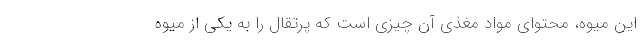
این میوه، محتوای مواد مغذی آن چیزی است که پرتقال را به یکی از میوه